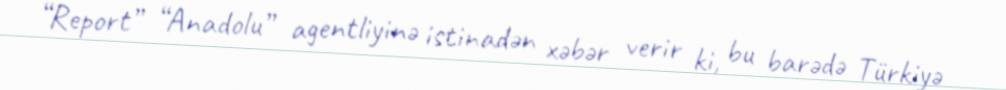
“Report” “Anadolu” agentliyinə istinadən xəbər verir ki, bu barədə Türkiyə